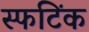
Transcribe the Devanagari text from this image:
स्फटिंक